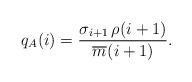
LaTeX: \begin{align*}q_A(i) = \frac{\sigma_{i+1}\, \rho_{}(i+1)}{\overline{m}_{}(i+1)}.\end{align*}